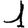
Digit: 1